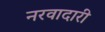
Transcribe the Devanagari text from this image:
नरवादारी